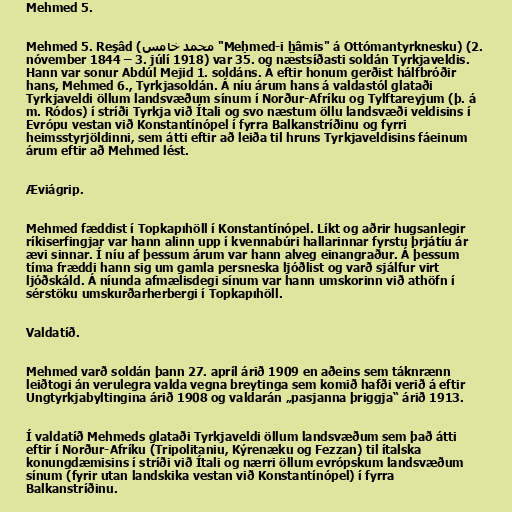
Mehmed 5.

Mehmed 5. Reşâd (محمد خامس "Meḥmed-i ẖâmis" á Ottómantyrknesku) (2.
nóvember 1844 – 3. júlí 1918) var 35. og næstsíðasti soldán Tyrkjaveldis.
Hann var sonur Abdúl Mejid 1. soldáns. Á eftir honum gerðist hálfbróðir
hans, Mehmed 6., Tyrkjasoldán. Á níu árum hans á valdastól glataði
Tyrkjaveldi öllum landsvæðum sínum í Norður-Afríku og Tylftareyjum (þ. á
m. Ródos) í stríði Tyrkja við Ítali og svo næstum öllu landsvæði veldisins í
Evrópu vestan við Konstantínópel í fyrra Balkanstríðinu og fyrri
heimsstyrjöldinni, sem átti eftir að leiða til hruns Tyrkjaveldisins fáeinum
árum eftir að Mehmed lést.

Æviágrip.

Mehmed fæddist í Topkapıhöll í Konstantínópel. Líkt og aðrir hugsanlegir
ríkiserfingjar var hann alinn upp í kvennabúri hallarinnar fyrstu þrjátíu ár
ævi sinnar. Í níu af þessum árum var hann alveg einangraður. Á þessum
tíma fræddi hann sig um gamla persneska ljóðlist og varð sjálfur virt
ljóðskáld. Á níunda afmælisdegi sínum var hann umskorinn við athöfn í
sérstöku umskurðarherbergi í Topkapıhöll.

Valdatíð.

Mehmed varð soldán þann 27. apríl árið 1909 en aðeins sem táknrænn
leiðtogi án verulegra valda vegna breytinga sem komið hafði verið á eftir
Ungtyrkjabyltingina árið 1908 og valdarán „pasjanna þriggja“ árið 1913.

Í valdatíð Mehmeds glataði Tyrkjaveldi öllum landsvæðum sem það átti
eftir í Norður-Afríku (Tripolitaniu, Kýrenæku og Fezzan) til ítalska
konungdæmisins í stríði við Ítali og nærri öllum evrópskum landsvæðum
sínum (fyrir utan landskika vestan við Konstantínópel) í fyrra
Balkanstríðinu.